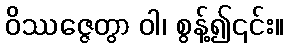
ဝိဿဇ္ဇေတွာ ဝါ၊ စွန့်၍၎င်း။